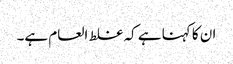
ان کا کہنا ہے کہ غلط العام ہے۔